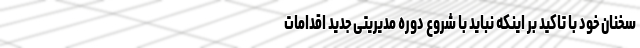
سخنان خود با تاکید بر اینکه نباید با شروع دوره مدیریتی جدید اقدامات